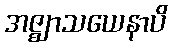
အဇ္ဈာသယေနာပိ